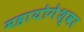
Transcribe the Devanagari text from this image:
महायोगेश्वर